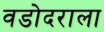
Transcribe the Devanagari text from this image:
वडोदराला